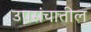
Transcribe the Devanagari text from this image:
उपसंचातील